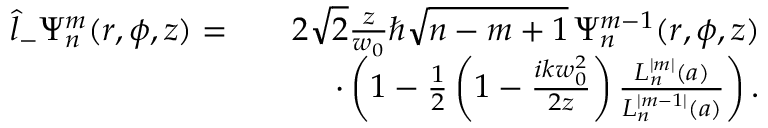
\begin{array} { r l r } { \hat { l } _ { - } \Psi _ { n } ^ { m } ( r , \phi , z ) = } & { } & { 2 \sqrt { 2 } \frac { z } { w _ { 0 } } \hbar \sqrt { n - m + 1 } \, \Psi _ { n } ^ { m - 1 } ( r , \phi , z ) } \\ & { } & { \cdot \left( 1 - \frac { 1 } { 2 } \left( 1 - \frac { i k w _ { 0 } ^ { 2 } } { 2 z } \right) \frac { L _ { n } ^ { | m | } ( a ) } { L _ { n } ^ { | m - 1 | } ( a ) } \right) . } \end{array}